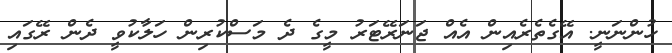
ހުންނަނީ. އޭގެތެރެއިން އެއް ޖަނަރޭޓަރު މީގެ ދެ މަސްކުރިން ހަލާކުވީ ދެން ރޭގައި